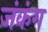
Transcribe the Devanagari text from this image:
जंकंग